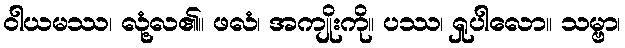
ဝါယမဿ၊ လုံ့လ၏။ ဖလံ၊ အကျိုးကို။ ပဿ၊ ရှုပါလော။ သမ္ဗာ၊